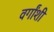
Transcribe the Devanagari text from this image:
वर्गांशी